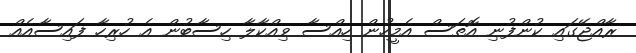
ރާއްޖޭގައި ކުންފުނި އޮތަސް އެމީހުން ހިއްސާ ވިއްކާލާ ހިސާބުން އެ ހުރިހާ ފައިސާއެއް